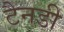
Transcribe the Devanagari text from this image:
टैनडी